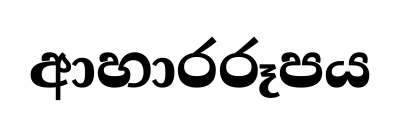
ආහාරරූපය